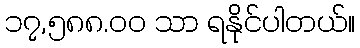
၁၇,၅၈၈.၀၀ သာ ရနိုင်ပါတယ်။